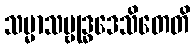
သမ္မာသမ္ဗုဒ္ဓဒေသိတေတိ